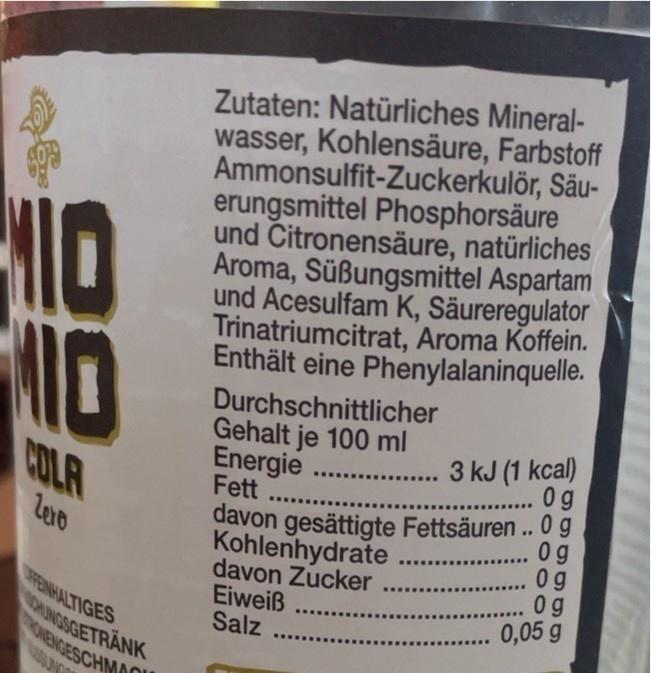
Zutaten: Natürliches Mineral- wasser, Kohlensäure, Farbstoff Ammonsulfit-Zuckerkulör, Säu- erungsmittel Phosphorsäure und Citronensäure, natürliches Aroma, Süßungsmittel Aspartam und Acesulfam K, Säureregulator Trinatriumcitrat, Aroma Koffein. Enthält eine Phenylalaninquelle.
Durchschnittlicher Gehalt je 100 ml Energie
3 kJ (1 kcal) 0 g
COLA
Fett
davon gesättigte Fettsäuren . 0 g Kohlenhydrate davon Zucker Eiweiß Salz
0 g 0 g 0 g 0,05 g
levo
PENHALTIGES UNGSGETRÄNK ONENGESCHMO
....
...